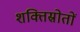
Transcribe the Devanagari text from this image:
शक्तिस्रोतों